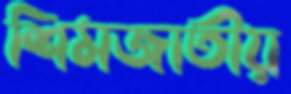
শিমজাতীয়